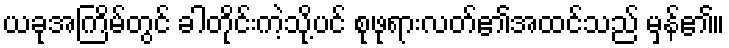
ယခုအကြိမ်တွင် ခါတိုင်းကဲ့သို့ပင် စုဖုရားလတ်၏အထင်သည် မှန်၏။